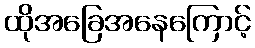
ထိုအခြေအနေကြောင့်